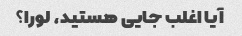
آیا اغلب جایی هستید، لورا؟